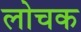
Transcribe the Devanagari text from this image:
लोचक